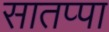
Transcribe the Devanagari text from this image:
सातप्पा